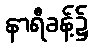
နာရီခန့်၌